Annual report on the working of the lock hospitals in the Central Provinces
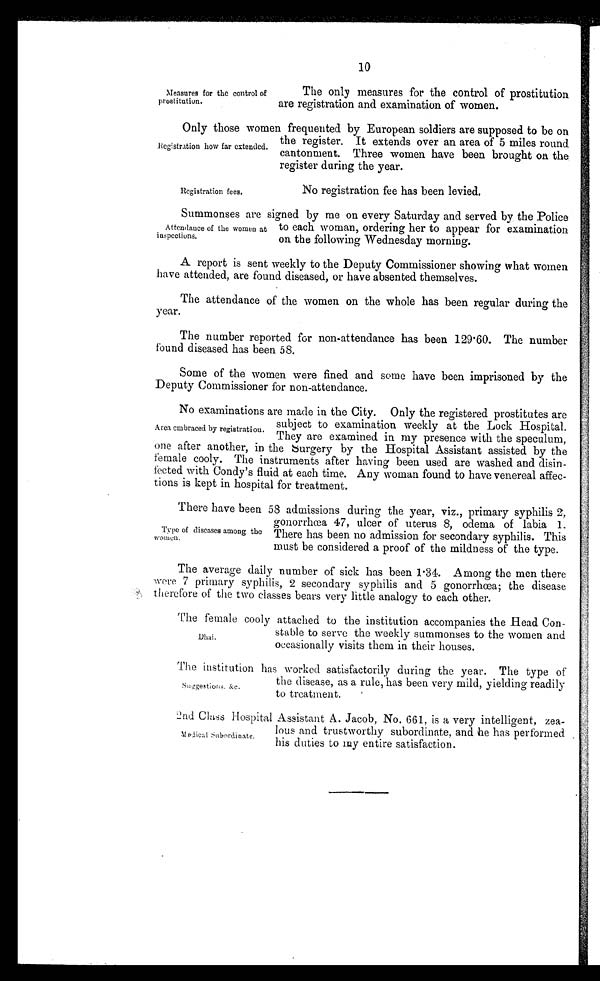
There have been 58 admissions during the year, viz., primary syphilis 2,
gonorrhoea 47, ulcer of uterus 8, odema of labia 1.
There has been no admission for secondary syphilis. This
must be considered a proof of the mildness of the type.
Type of diseases among the
women.
The female cooly attached to the institution accompanies the Head Con-
stable to serve the weekly summonses to the women and
occasionally visits them in their houses.
The institution has worked satisfactorily during the year. The type of
the disease, as a rule, has been very mild, yielding readily
to treatment.
Suggetions. &c.
10
Measures for the control of
prostitution.
The only measures for the control of prostitution
are registration and examination of women.
Only those women frequented by European soldiers are supposed to be on
the register. It extends over an area of 5 miles round
cantonment. Three women have been brought on the
register during the year.
Registration how far extended.
Registration fees.
No registration fee has been levied.
Summonses are signed by me on every Saturday and served by the Police
to each woman, ordering her to appear for examination
on the following Wednesday morning.
Attendance of the women at
inspections.
A report is sent weekly to the Deputy Commissioner showing what women
have attended, are found diseased, or have absented themselves.
The attendance of the women on the whole has been regular during the
year.
The number reported for non-attendance has been 129.60. The number
found diseased has been 58.
Some of the women were fined and some have been imprisoned by the
Deputy Commissioner for non-attendance.
No examinations are made in the City. Only the registered prostitutes are
subject to examination weekly at the Lock Hospital.
They are examined in my presence with the speculum,
one after another, in the surgery by the Hospital Assistant assisted by the
female cooly. The instruments after having been used are washed and disin-
fected with Condy's fluid at each time. Any woman found to have venereal affec-
tions is kept in hospital for treatment.
The average daily number of sick has been 1.34. Among the men there
were 7 primary syphilis, 2 secondary syphilis and 5 gonorrhœa; the disease
therefore of the two classes bears very little analogy to each other.
2.nd Class Hospital Assistant A. Jacob, No. 661, is a very intelligent, zea-
lous and trustworthy subordinate, and he has performed
his duties to my entire satisfaction.
Medical Subordinate.
Area embraced by registration.